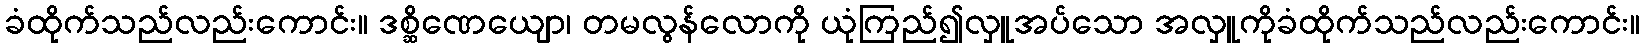
ခံထိုက်သည်လည်းကောင်း။ ဒစ္ဆိဏေယျော၊ တမလွန်လောကို ယုံကြည်၍လှူအပ်သော အလှူကိုခံထိုက်သည်လည်းကောင်း။